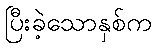
ပြီးခဲ့သောနှစ်က